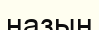
назын